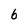
Character: 6